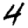
Digit: 4